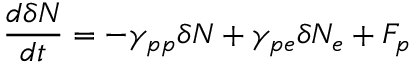
\frac { d \delta N _ { } } { d t } = - \gamma _ { p p } \delta N _ { } + \gamma _ { p e } \delta N _ { e } + F _ { p }